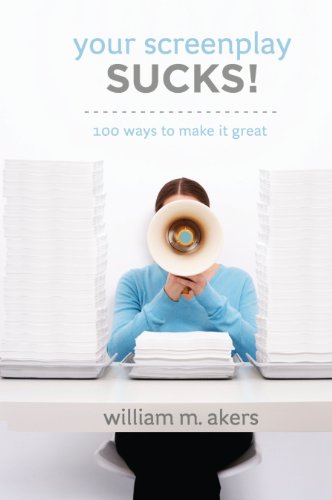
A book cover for Your Screenplay Sucks!: 100 Ways to Make It Great; William M Akers; Humor & Entertainment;